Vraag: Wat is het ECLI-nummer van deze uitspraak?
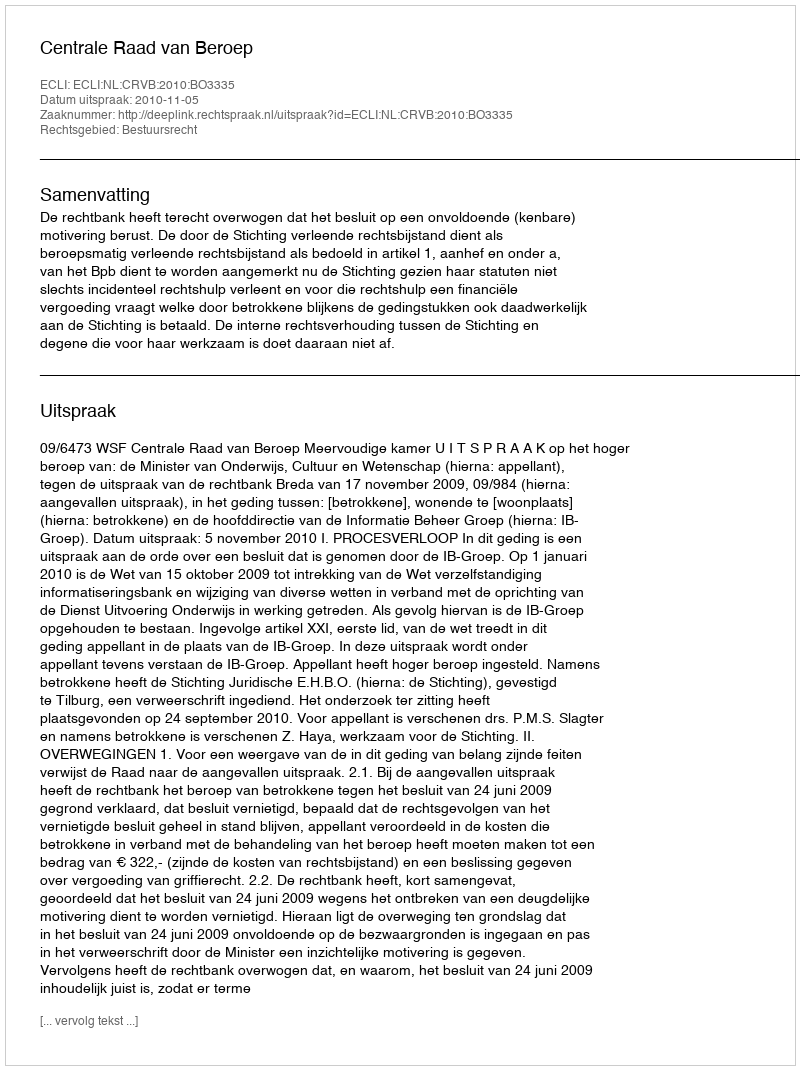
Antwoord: ECLI:NL:CRVB:2010:BO3335